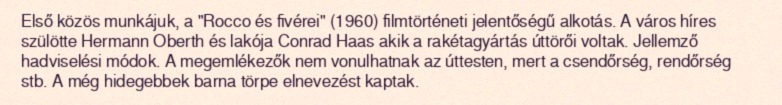
Első közös munkájuk, a "Rocco és fivérei" (1960) filmtörténeti jelentőségű alkotás. A város híres szülötte Hermann Oberth és lakója Conrad Haas akik a rakétagyártás úttörői voltak. Jellemző hadviselési módok. A megemlékezők nem vonulhatnak az úttesten, mert a csendőrség, rendőrség stb. A még hidegebbek barna törpe elnevezést kaptak.